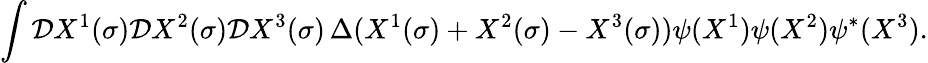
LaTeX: \int{\cal D}X^{1}(\sigma){\cal D}X^{2}(\sigma){\cal D}X^{3}(\sigma)\, \Delta(X^{1}(\sigma)+X^{2}(\sigma)-X^{3}(\sigma))\psi(X^{1})\psi(X^{2})\psi^{*}(X^{3}).